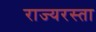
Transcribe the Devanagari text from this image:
राज्यरस्ता